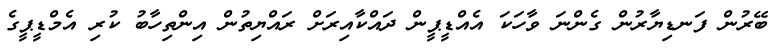
ބޭރުން ފަނޑިޔާރުން ގެންނަ ވާހަކަ އެއްޑީޕީން ދައްކާއިރަށް ރައްޔިތުން އިންތިހާބު ކުރި އެމްޑީޕީގެ